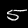
Digit: 5